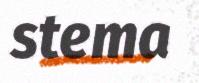
stema